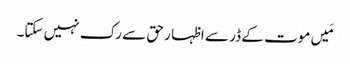
مَیں موت کے ڈر سے اظہا ر حق سے رک نہیں سکتا۔